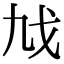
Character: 𢦎